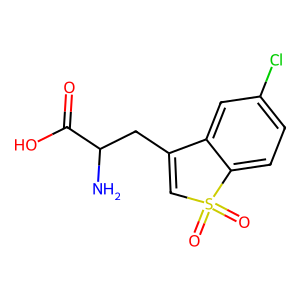
SMILES: NC(CC1=CS(=O)(=O)c2ccc(Cl)cc21)C(=O)O
Inhibits HIV replication: No